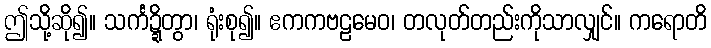
ဤသို့ဆို၍။ သင်္ကဍ္ဍိတွာ၊ ရုံးစု၍။ ဧကကဗဠမေဝ၊ တလုတ်တည်းကိုသာလျှင်။ ကရောတိ